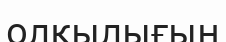
олқылығын